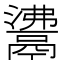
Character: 𩰾